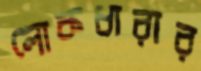
লোকধারার